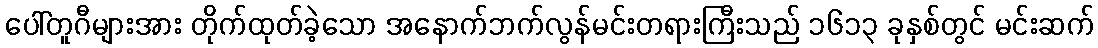
ပေါ်တူဂီများအား တိုက်ထုတ်ခဲ့သော အနောက်ဘက်လွန်မင်းတရားကြီးသည် ၁၆၁၃ ခုနှစ်တွင် မင်းဆက်